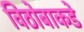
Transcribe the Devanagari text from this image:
विठोबाकडे